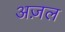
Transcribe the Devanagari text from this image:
अज़ल